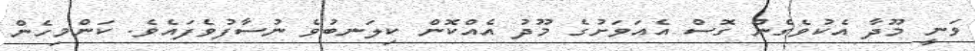
ވަނީ މޫދާ އެކުވެގެން ގޮސް އެއަވަށުގެ މޫދު އެއްކޮން ކިލަނބުވެ ނުސާފުވެފައެވެ. ކަންމިހެން